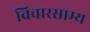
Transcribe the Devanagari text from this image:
विचारसाम्य